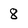
Character: 8